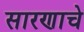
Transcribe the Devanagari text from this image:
सारणाचे